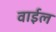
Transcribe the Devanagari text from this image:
वाईल